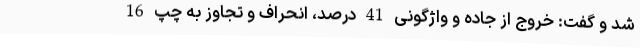
شد و گفت: خروج از جاده و واژگونی 41 درصد، انحراف و تجاوز به چپ 16